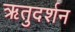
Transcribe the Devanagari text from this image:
ऋतुदर्शन